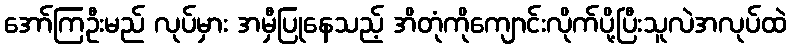
အော်ကြဦးမည် လုပ်မှား အမှီပြုနေသည့် အိတုံကိုကျောင်းလိုက်ပို့ပြီးသူလဲအလုပ်ထဲ